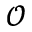
\mathcal { O }